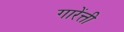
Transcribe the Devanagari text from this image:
गारेंत्ती